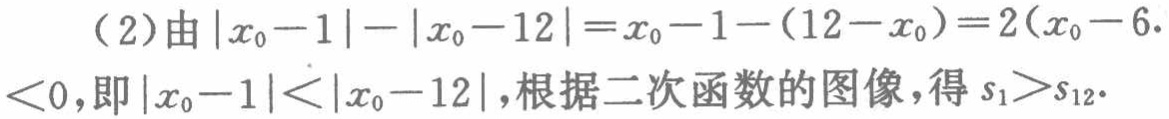
（2）由\(\vert x_{0}-1\vert-\vert x_{0}-12\vert = x_{0}-1-(12 - x_{0}) = 2(x_{0}-6)<0\)，即\(\vert x_{0}-1\vert<\vert x_{0}-12\vert\)，根据二次函数的图像，得\(s_{1}>s_{12}\)。